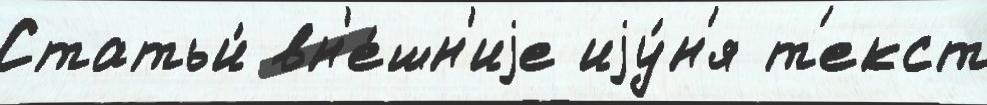
Статьи́ вн'е́шн'иjе иjу́н'я т'екст